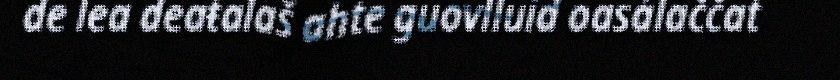
de lea deaŧalaš ahte guovlluid oasálaččat